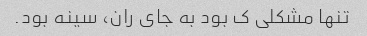
تنها مشکلی ک بود به جای ران، سینه بود.